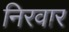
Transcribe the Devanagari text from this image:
निरवार